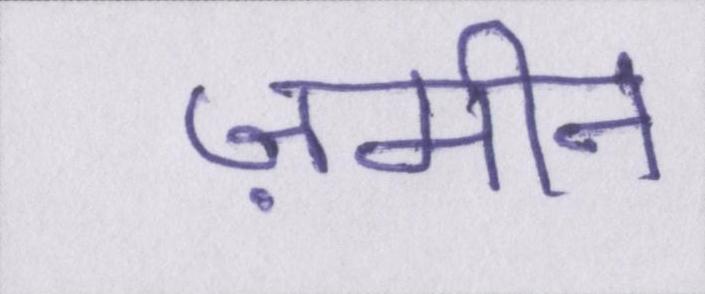
ज़मीन